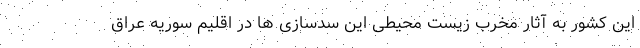
این کشور به آثار مخرب زیست محیطی این سدسازی ها در اقلیم سوریه عراق